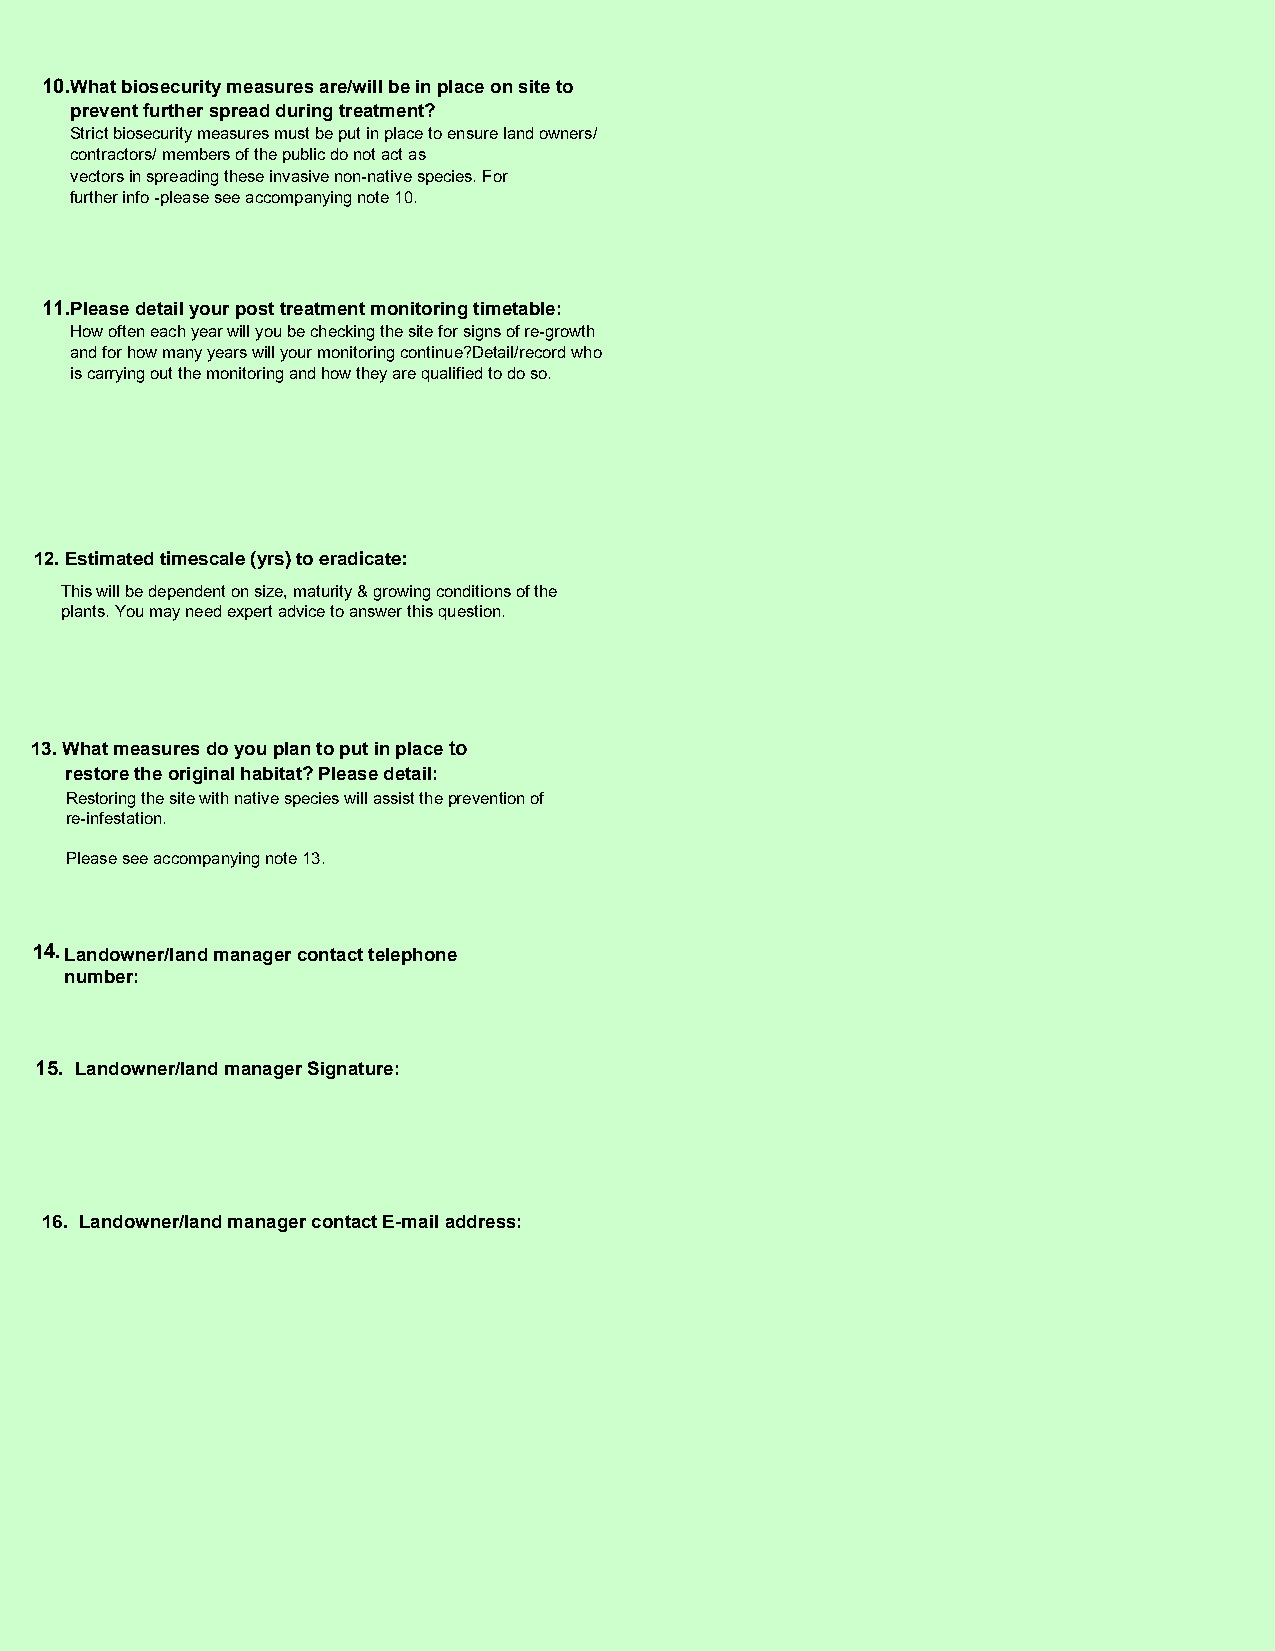
10.What biosecurity measures are/will be in place on site to
 prevent further spread during treatment?
 Strict biosecurity measures must be put in place to ensure land owners/
 contractors/ members of the public do not act as
 vectors in spreading these invasive non-native species. For
 further info -please see accompanying note 10.
 11.Please detail your post treatment monitoring timetable:
 How often each year will you be checking the site for signs of re-growth
 and for how many years will your monitoring continue?Detail/record who
 is carrying out the monitoring and how they are qualified to do so.
 12. Estimated timescale (yrs) to eradicate:
 This will be dependent on size, maturity & growing conditions of the
 plants. You may need expert advice to answer this question.
 13. What measures do you plan to put in place to
 restore the original habitat? Please detail:
 Restoring the site with native species will assist the prevention of
 re-infestation.
 Please see accompanying note 13.
 14.Landowner/land manager contact telephone
 number:
 15. Landowner/land manager Signature:
 16. Landowner/land manager contact E-mail address: